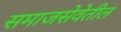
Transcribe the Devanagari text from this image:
समाजसेवेतील